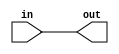
/* Unclocked XOR that takes a flattened 2D array and performs XOR over each column
   Logic verified 4/18/19 by Matthew Chow*/

module nXOR(
	in,
	out
);

	parameter width = 1;
	parameter n = 1;

	input [width*n - 1 : 0] in;
	output [width - 1 : 0] out;

	wire [n - 1 : 0] twoD [width - 1 : 0];
	wire [width - 1 : 0] result;

	genvar i;
	generate 
		for (i = 0; i < n * width; i = i + 1) begin : unflatten
			assign twoD[i % width][i / width] = in[i];
		end
	endgenerate

	genvar j;
	generate 
		for (j = 0; j < width; j = j + 1) begin : rowXOR
			assign result[j] = ^twoD[j];
		end
	endgenerate

	assign out = result;

endmodule